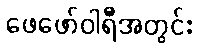
ဖေဖော်ဝါရီအတွင်း